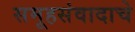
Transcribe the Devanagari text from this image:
समूहसंवादाचे